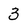
Character: 3